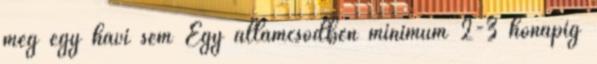
még egy havi sem Egy államcsődben minimum 2-3 hónapig